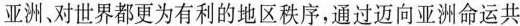
亚洲、对世界都更为有利的地区秩序，通过迈向亚洲命运共